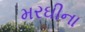
મરઘીના